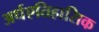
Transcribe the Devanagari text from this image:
अर्धएतिहासिक